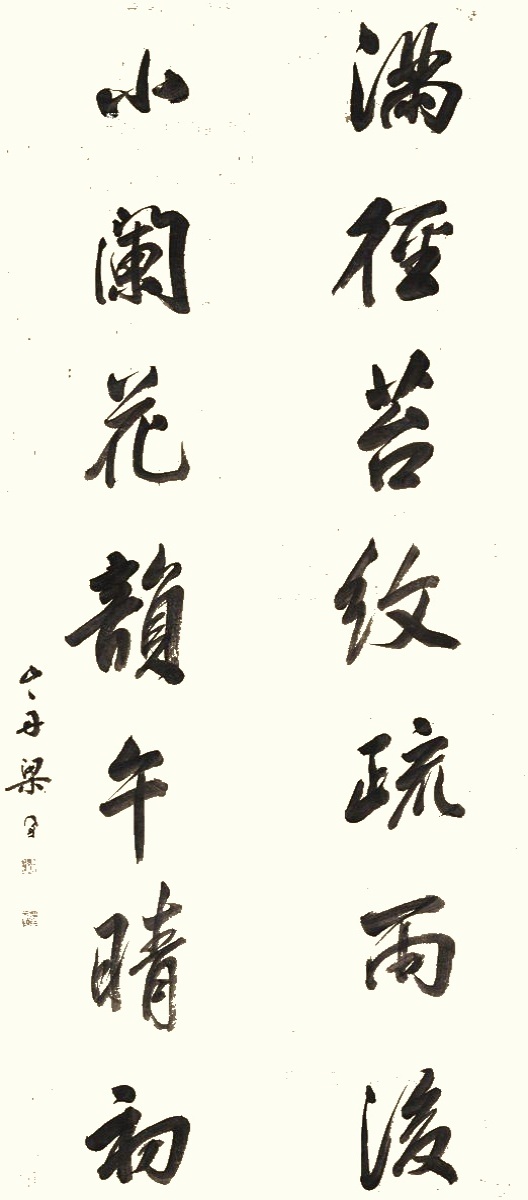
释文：满径苔纹疏雨后，小阑花韵午晴初。山舟梁同书。